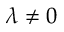
\lambda \ne 0